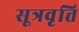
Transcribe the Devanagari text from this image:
सूत्रवृत्ति